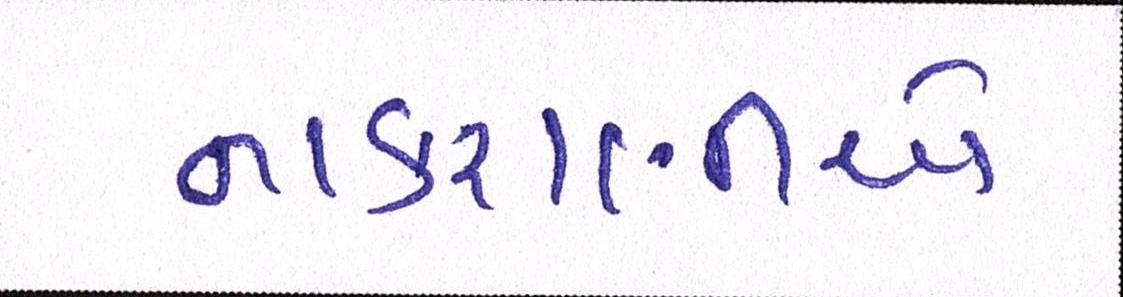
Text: નાકરાણીએ